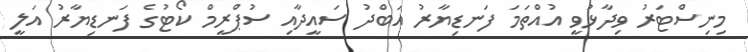
މިނިސްޓަރު ވިދާޅުވީ އުއްތަމަ ފަނޑިޔާރު އަބްދު ސައީދާއި ސުޕްރީމް ކޯޓުގެ ފަނޑިޔާރު އަލީ